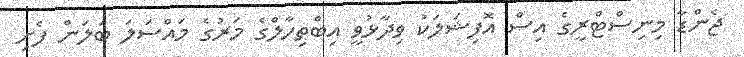
ޖެންޑާ މިނިސްޓްރީގެ އިސް އޮފިޝަލަކު ވިދާޅުވީ އިބްތިހާލްގެ މަރުގެ މައްސަލަ ބަލަން ފެށި